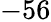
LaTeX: -56